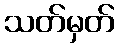
သတ်မှတ်